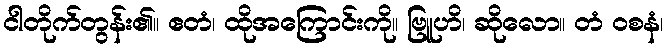
ငါတိုက်တွန်း၏။ ဧတံ၊ ထိုအကြောင်းကို။ ဗြူဟိ၊ ဆိုလော။ တံ ဝစနံ၊